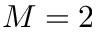
M = 2